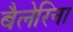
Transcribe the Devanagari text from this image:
बैलेरिना